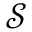
\mathcal { S }